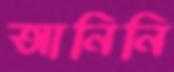
আনিনি